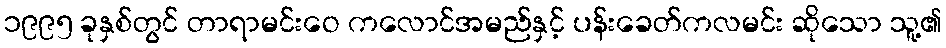
၁၉၉၅ ခုနှစ်တွင် တာရာမင်းဝေ ကလောင်အမည်နှင့် ပန်းခေတ်ကလမင်း ဆိုသော သူ့၏